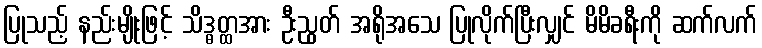
ပြုသည့် နည်းမျိုးဖြင့် သိဒ္ဓတ္ထအား ဦးညွတ် အရိုအသေ ပြုလိုက်ပြီးလျှင် မိမိခရီးကို ဆက်လက်